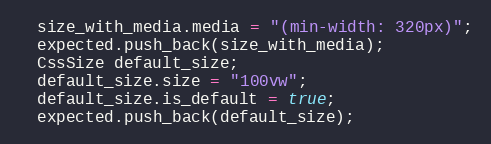
Language: C++
  size_with_media.media = "(min-width: 320px)";
  expected.push_back(size_with_media);
  CssSize default_size;
  default_size.size = "100vw";
  default_size.is_default = true;
  expected.push_back(default_size);